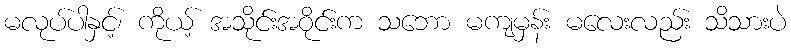
မလုပ်ပါနှင့်၊ ကိုယ့် အသိုင်းအဝိုင်းက သဘော မကျမှန်း မလေးလည်း သိသားပဲ